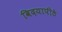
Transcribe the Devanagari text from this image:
विदयापीठे